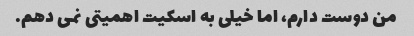
من دوست دارم، اما خیلی به اسکیت اهمیتی نمی دهم.